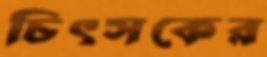
চিৎসকের